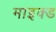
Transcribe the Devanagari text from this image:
माइक्ड